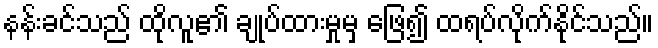
နန်းခင်သည် ထိုလူ၏ ချုပ်ထားမှုမှ ဖြေ၍ ထရပ်လိုက်နိုင်သည်။